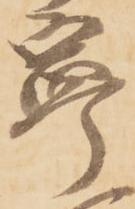
寧